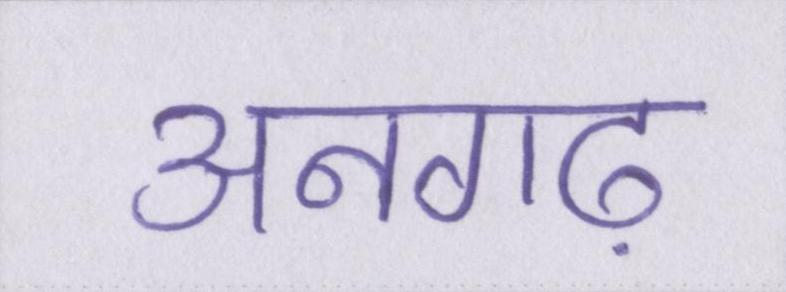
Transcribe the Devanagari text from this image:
अनगढ़